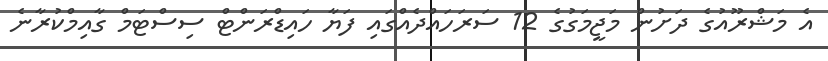
އެ މަޝްރޫއުގެ ދަށުން މަޖީމަގުގެ 12 ސަރަހައްދެއްގައި ފަޔާ ހައިޑްރަންޓް ސިސްޓަމް ގާއިމްކުރާނެ